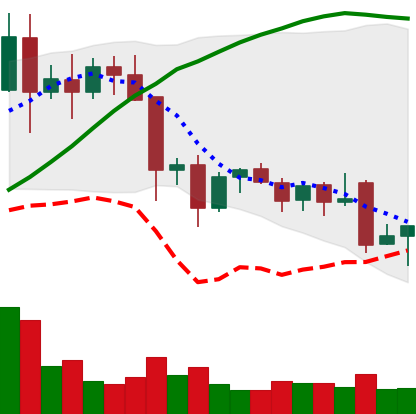
Ticker: EOS-USD
Chart end date: 2021-11-28
Forward return: -4.306%
Label: down_3_5